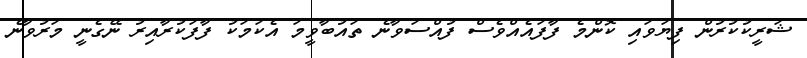
ޝަރީކުކުރުން ފިޔަވައި ކޮންމެ ފާފައެއްވެސް ފުއްސަވާނެ ތައުބާވީމަ އެކަމަކު ފާފަކުރާއިރު ނޭގެނީ މަރުވާނެ